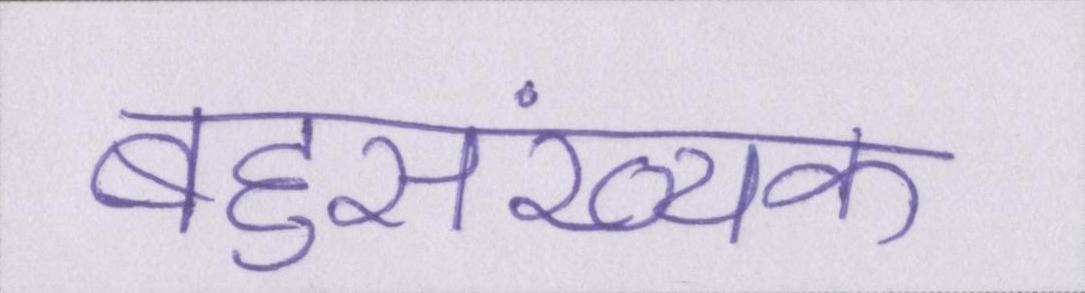
बहुसंख्यक